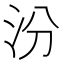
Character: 汾